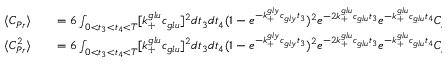
\begin{array} { r l r } { \langle C _ { P r } \rangle } & { { } } & { = 6 \int _ { 0 < t _ { 3 } < t _ { 4 } < T } [ k _ { + } ^ { g l u } c _ { g l u } ] ^ { 2 } d t _ { 3 } d t _ { 4 } ( 1 - e ^ { - k _ { + } ^ { g l y } c _ { g l y } t _ { 3 } } ) ^ { 2 } e ^ { - 2 k _ { + } ^ { g l u } c _ { g l u } t _ { 3 } } e ^ { - k _ { + } ^ { g l u } c _ { g l u } t _ { 4 } } C _ { P r } ( T , t _ { 4 } ) } \\ { \langle C _ { P r } ^ { 2 } \rangle } & { { } } & { = 6 \int _ { 0 < t _ { 3 } < t _ { 4 } < T } [ k _ { + } ^ { g l u } c _ { g l u } ] ^ { 2 } d t _ { 3 } d t _ { 4 } ( 1 - e ^ { - k _ { + } ^ { g l y } c _ { g l y } t _ { 3 } } ) ^ { 2 } e ^ { - 2 k _ { + } ^ { g l u } c _ { g l u } t _ { 3 } } e ^ { - k _ { + } ^ { g l u } c _ { g l u } t _ { 4 } } C _ { P r } ^ { 2 } ( T , t _ { 4 } ) } \end{array}